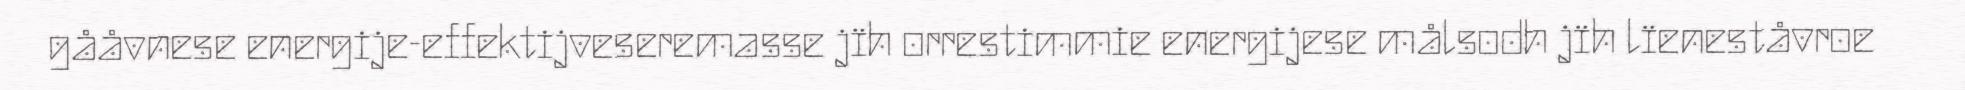
gååvnese energije-effektijveseremasse jïh orrestimmie energijese målsodh jïh lïeneståvroe